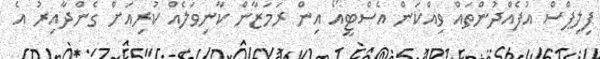
ފިލިޕްސް އުފެއްދުންތައް ވިއްކަން އެސްޓީއޯ އިން ރަމަޒާން ކާނިވަލެއް ކުރިއަށް ގެންދާއިރު އެ